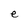
Character: e